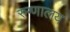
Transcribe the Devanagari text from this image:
रुग्‍णालय